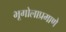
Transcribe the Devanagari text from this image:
भूगोलाप्रमाणे